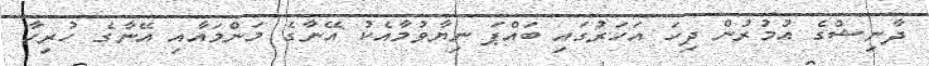
ދާނިޝްގެ އުމުރުން ދިހަ އަހަރުގައި ބައްޕަ ނިޔާވުމާއެކު އޭނާގެ މަންމައާއި އޭނާގެ ހުރިހާ